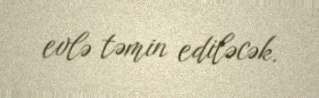
evlə təmin ediləcək.